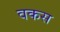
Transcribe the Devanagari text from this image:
वकस